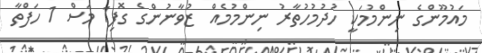
މައުމޫންގެ ނިންމުމަކީ ހުދުމުހުތާރު ނިންމުމެއް  ޒުވާނުންގެ ގޮފި1 މަސް 1 ހަފްތާ